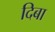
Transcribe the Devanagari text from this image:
दिबा